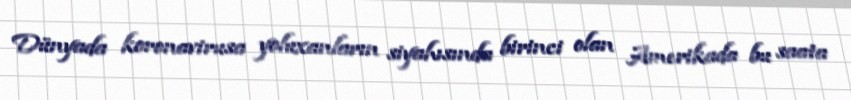
Dünyada koronavirusa yoluxanların siyahısında birinci olan Amerikada bu saata